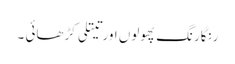
رنگارنگ پھولوں اور تیتلی کڑھائی ۔